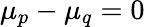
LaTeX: \mu_{p}-\mu_{q}=0